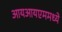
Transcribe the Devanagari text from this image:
आयआयएममध्ये